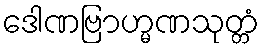
ဒေါဏဗြာဟ္မဏသုတ္တံ